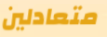
متعادلين